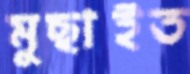
মুছাইত